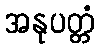
အနုပတ္တံ